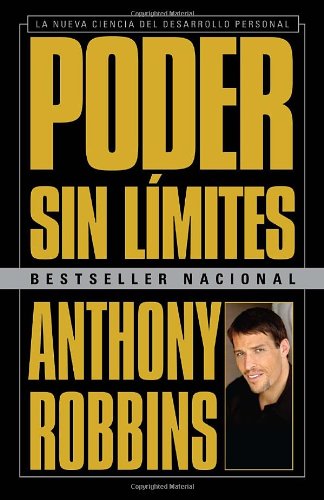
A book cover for Poder sin lÃ­mites: La nueva ciencia del desarrollo personal (Spanish Edition); Anthony Robbins; Health, Fitness & Dieting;